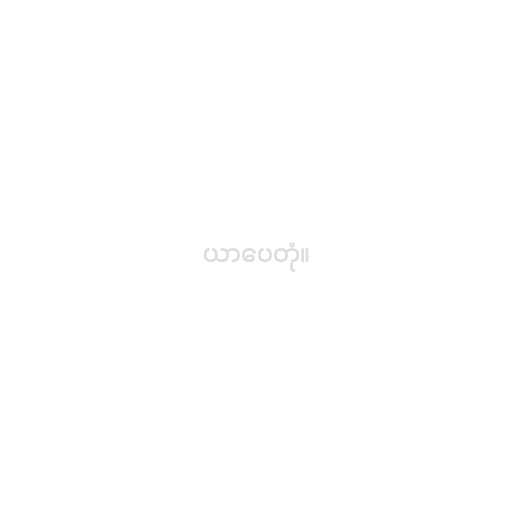
ယာပေတုံ။